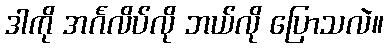
ဒါကို အင်္ဂလိပ်လို ဘယ်လို ပြောသလဲ။